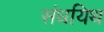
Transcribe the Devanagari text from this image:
संधयिथ